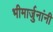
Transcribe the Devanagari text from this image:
भीमार्जुनांनी